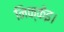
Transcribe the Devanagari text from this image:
निक्केइ।